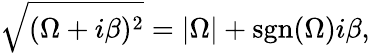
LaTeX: \sqrt{(\Omega+i\beta)^{2}}=|\Omega|+\textrm{sgn}(\Omega)i\beta,